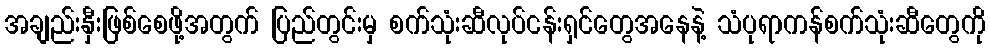
အချည်းနှီးဖြစ်စေဖို့အတွက် ပြည်တွင်းမှ စက်သုံးဆီလုပ်ငန်းရှင်တွေအနေနဲ့ သံပုရာကန်စက်သုံးဆီတွေကို